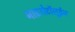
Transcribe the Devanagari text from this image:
नाइट्रोटॉलूईन